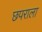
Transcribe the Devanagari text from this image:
छपराला